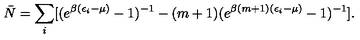
\bar { N } = \sum _ { i } [ ( e ^ { \beta ( \epsilon _ { i } - \mu ) } - 1 ) ^ { - 1 } - ( m + 1 ) ( e ^ { \beta ( m + 1 ) ( \epsilon _ { i } - \mu ) } - 1 ) ^ { - 1 } ] .